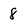
Character: 8